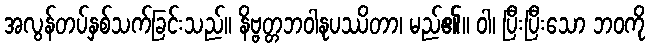
အလွန်တပ်နှစ်သက်ခြင်းသည်။ နိဗ္ဗတ္တဘဝါနုပဿိတာ၊ မည်၏။ ဝါ၊ ပြီးပြီးသော ဘဝကို